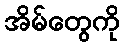
အိမ်တွေကို